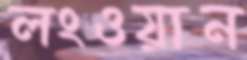
লংওয়ান